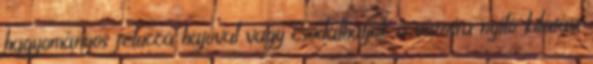
hagyományos felucca hajóval vagy csodálhatjuk a városra nyíló kilátást